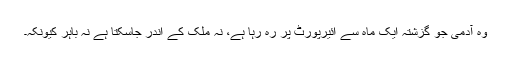
وہ آدمی جو گزشتہ ایک ماہ سے ائیرپورٹ پر رہ رہا ہے، نہ ملک کے اندر جاسکتا ہے نہ باہر کیونکہ۔